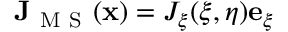
\mathbf { J } _ { \mathrm { ~ M ~ S ~ } } ( \mathbf { x } ) = J _ { \xi } ( \xi , \eta ) \mathbf { e } _ { \xi }